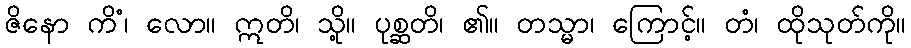
ဇိနော ကိံ၊ လော။ ဣတိ၊ သို့။ ပုစ္ဆတိ၊ ၏။ တသ္မာ၊ ကြောင့်။ တံ၊ ထိုသုတ်ကို။